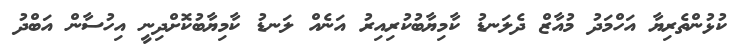
ކުޅުންތެރިޔާ އަހްމަދު މުއާޒް ދެލަނޑު ކާމިޔާބުކުރިއިރު އަނެއް ލަނޑު ކާމިޔާބުކޮށްދިނީ އިހުސާން އަބްދު